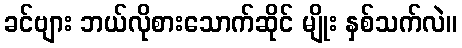
ခင်ဗျား ဘယ်လိုစားသောက်ဆိုင် မျိုး နှစ်သက်လဲ။